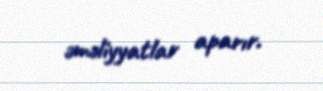
əməliyyatlar aparır.